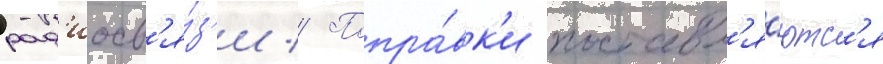
рад'иосв'я́з'и // Попра́вк'и поставл'я́ютс'я